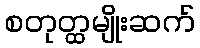
စတုတ္ထမျိုးဆက်